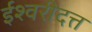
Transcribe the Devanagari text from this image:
ईश्वरीदत्त